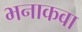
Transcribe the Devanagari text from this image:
भनाकवा